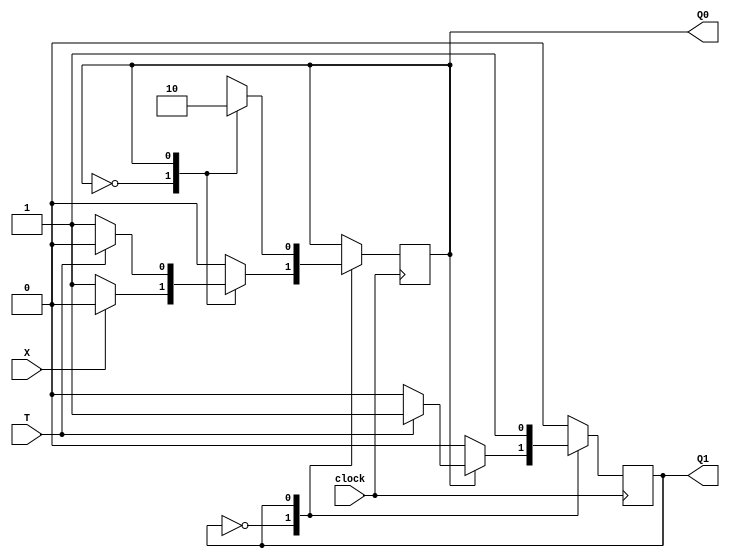
module lab084(X, T, clock, Q1, Q0);

input X;
input T;
input clock;
output Q1;
output Q0;

reg Q1;
reg Q0;

always @(posedge clock) begin
	case(Q1)
		1'b0:
		begin
			case(Q0)
				1'b0:
				begin
					if(X==0)
						Q0 <= 1'b1;
				end
				
				1'b1:
				begin
					if(T==1) begin
						Q1 <= 1'b1;
						Q0 <= 1'b0;
					end
				end
			endcase
		end
		
		1'b1:
		begin
			case(Q0)
				1'b0: Q0 <= 1'b1;
				1'b1:
				begin
					Q0 <= 1'b0;
					Q1 <= 1'b1;
				end
			endcase
		end
	endcase
end

endmodule